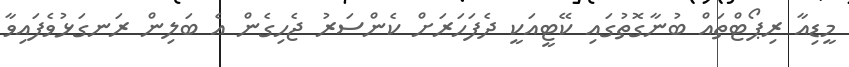
މީޑިއާ ރިޕޯޓްތައް ބުނާގޮތުގައި ކޭޓީއަކީ ދެފަހަރަށް ކެންސަރު ޖެހިގެން އެ ބަލިން ރަނގަޅުވެފައިވާ